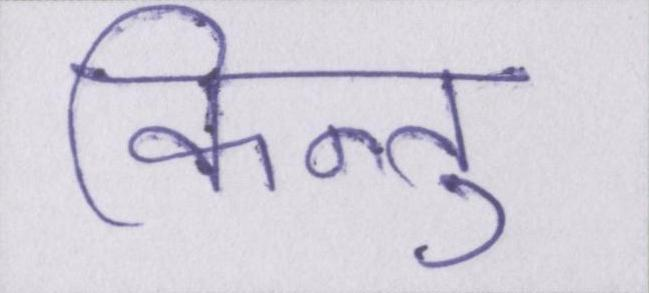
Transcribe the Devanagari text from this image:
किन्तु